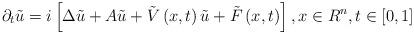
LaTeX: \begin{align*}\partial _{t}\tilde{u}=i\left[ \Delta \tilde{u}+A\tilde{u}+\tilde{V}\left(x,t\right) \tilde{u}+\tilde{F}\left( x,t\right) \right] ,x\in R^{n},t\in \left[ 0,1\right] \end{align*}